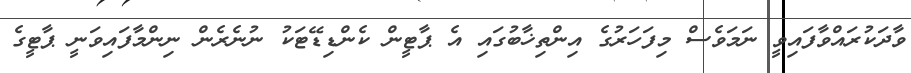
ވާދަކުރައްވާފައިވީ ނަމަވެސް މިފަހަރުގެ އިންތިޚާބުގައި އެ ޕާޓީން ކެންޑިޑޭޓަކު ނުނެރެން ނިންމާފައިވަނީ ޕާޓީގެ